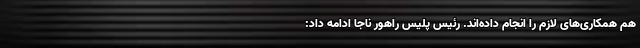
هم همکاری‌های لازم را انجام داده‌اند. رئیس پلیس راهور ناجا ادامه داد: